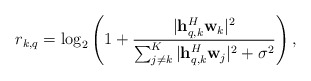
\begin{align*}r_{k,q} = \log_2\left(1 + \frac{|\mathbf{h}_{q,k}^H\mathbf{w}_k|^2}{\sum_{j \neq k}^K|\mathbf{h}_{q,k}^H\mathbf{w}_j|^2 + \sigma^2 } \right),\end{align*}